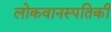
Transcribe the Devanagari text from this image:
लोकवानस्पतिकी